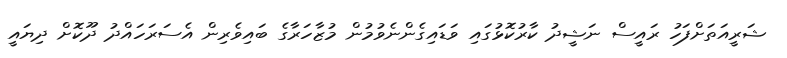
ޝަރީއަތަށްފަހު ރައީސް ނަޝީދު ކާރުކޮޅުގައި ވަޑައިގެންނެވުމުން މުޒާހަރާގެ ބައިވެރިން އެސަރަހައްދު ދޫކޮށް ދިޔައީ